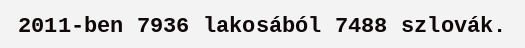
2011-ben 7936 lakosából 7488 szlovák.